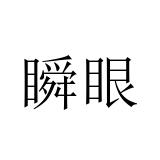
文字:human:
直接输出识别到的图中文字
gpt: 瞬眼